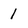
Character: I